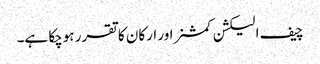
چیف الیکشن کمشنر اور ارکان کا تقرر ہوچکا ہے۔